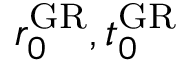
r _ { 0 } ^ { \mathrm { G R } } , t _ { 0 } ^ { \mathrm { G R } }